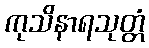
ကုသိနာရသုတ္တံ